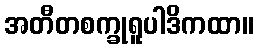
အတီတစက္ခုရူပါဒိကထာ။